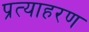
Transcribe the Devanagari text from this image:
प्रत्याहरण